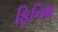
ફિનિશ